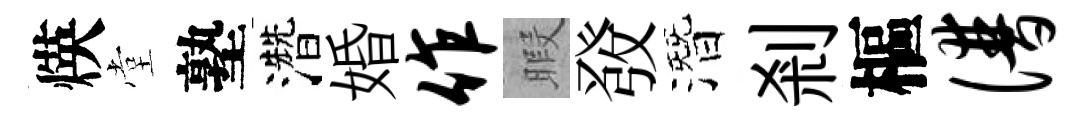
煐堂塾濳婚作暇𤼲潛剎樞谱